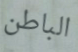
الباطن